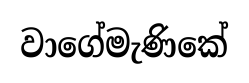
වාගේමැණිකේ